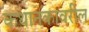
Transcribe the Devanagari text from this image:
कथानकावरील